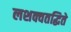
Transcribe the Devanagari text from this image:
लशक्वतद्धिते